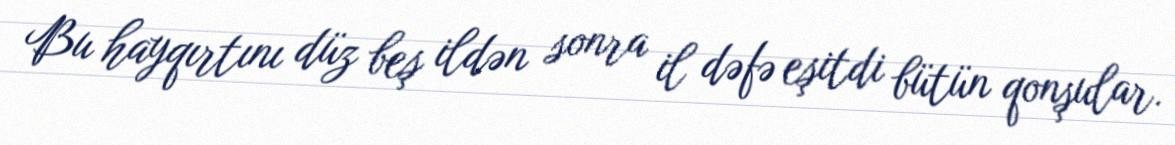
Bu hayqırtını düz beş ildən sonra il dəfə eşitdi bütün qonşular.